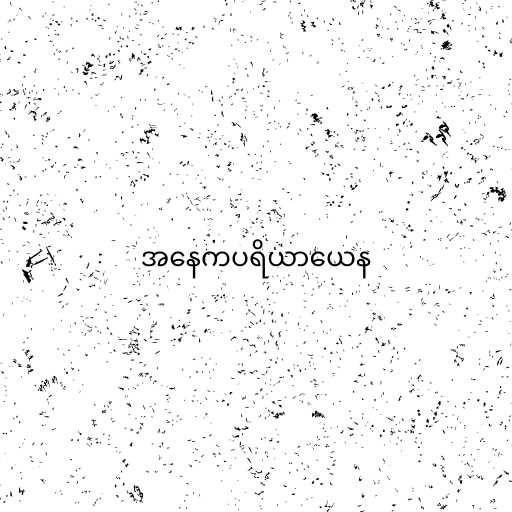
အနေကပရိယာယေန